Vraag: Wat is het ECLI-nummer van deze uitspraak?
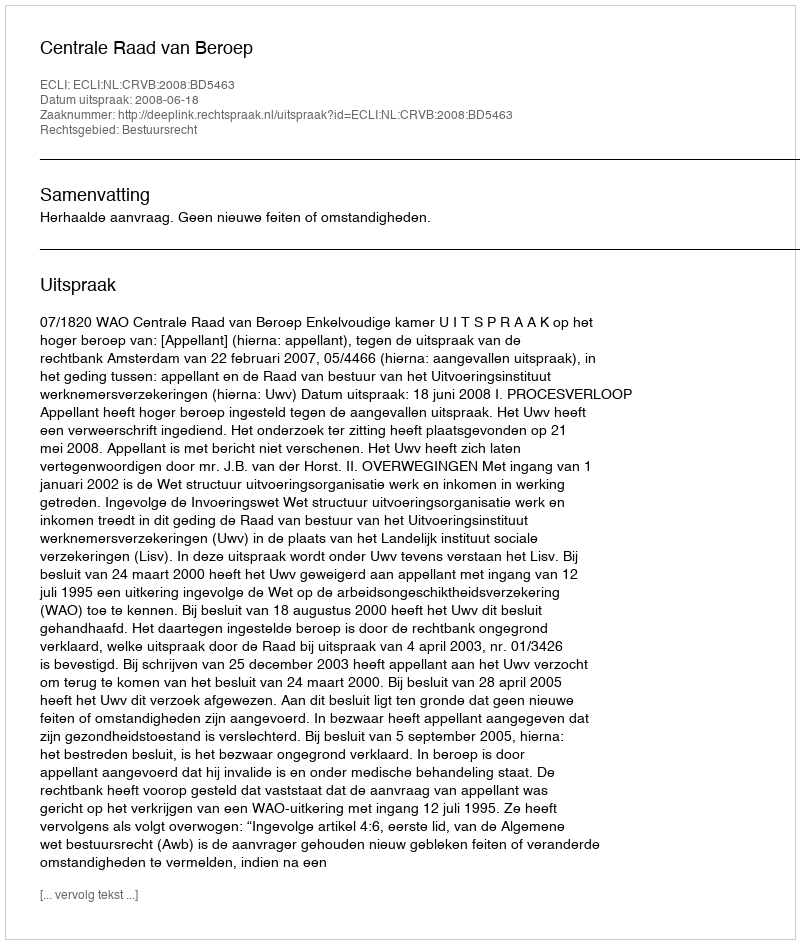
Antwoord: ECLI:NL:CRVB:2008:BD5463